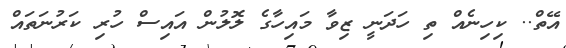
އޭތް.. ކިހިނެއް ތި ހަދަނީ ޒިވާ މައިހާގެ ލޮލުން އައިސް ހުރި ކަރުނަތައް